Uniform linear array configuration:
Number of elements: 4
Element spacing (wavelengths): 1
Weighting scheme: kaiser
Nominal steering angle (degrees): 60
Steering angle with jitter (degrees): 61.831
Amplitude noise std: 0.05
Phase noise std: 0.05

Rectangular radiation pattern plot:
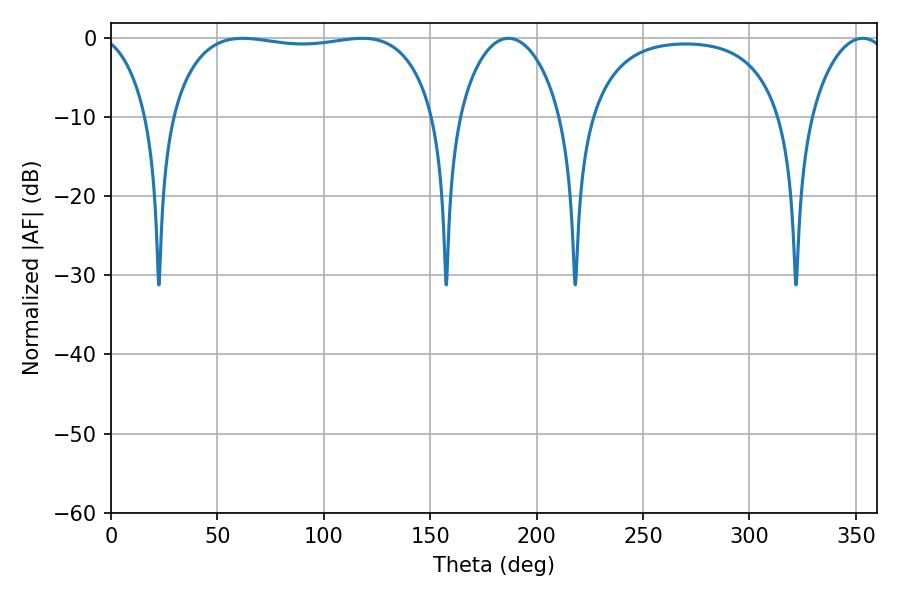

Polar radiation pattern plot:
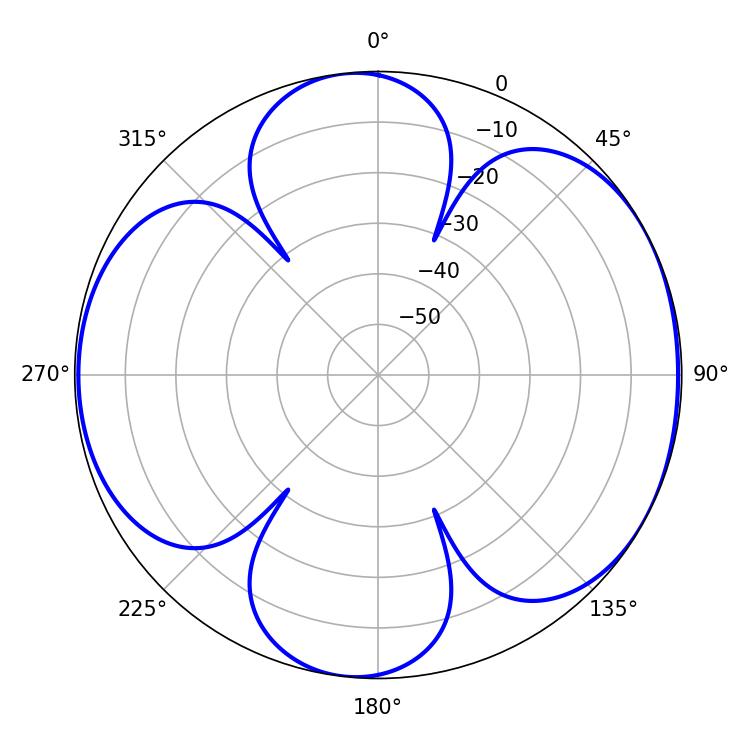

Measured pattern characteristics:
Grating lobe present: TRUE
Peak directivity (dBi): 6.279
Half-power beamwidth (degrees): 99.36
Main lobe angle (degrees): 61.92